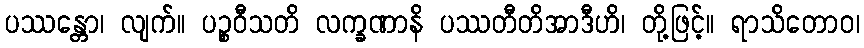
ပဿန္တော၊ လျက်။ ပဉ္စဝီသတိ လက္ခဏာနိ ပဿတီတိအာဒီဟိ၊ တို့ဖြင့်။ ရာသိတောဝ၊